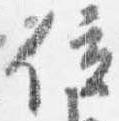
位